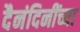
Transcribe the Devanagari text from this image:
दैनंदिनींच्या